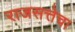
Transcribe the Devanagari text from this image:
राजसत्तेचा